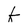
Character: k